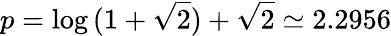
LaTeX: p=\log{(1+\sqrt{2})}+\sqrt{2}\simeq 2.2956